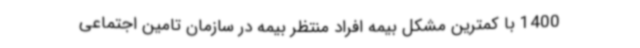
1400 با کمترین مشکل بیمه افراد منتظر بیمه در سازمان تامین اجتماعی